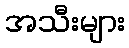
အသီးများ